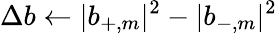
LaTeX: \Delta b\gets|b_{+,m}|^{2}-|b_{-,m}|^{2}